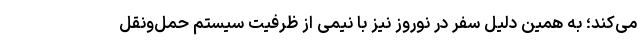
می‌کند؛ به همین دلیل سفر در نوروز نیز با نیمی از ظرفیت سیستم حمل‌ونقل